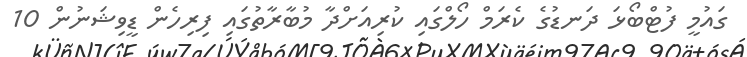
ގައުމީ ފުޓްބޯޅަ ދަނޑުގެ ކެރަމް ހޯލްގައި ކުރިއަށްދާ މުބާރާތުގައި ފިރިހެން ޑީވިޝަނުން 10